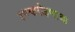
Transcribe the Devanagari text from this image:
राज्यारोहणाचा